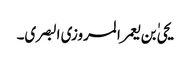
یحیٰ بن یعمر المروزی البصری۔